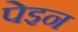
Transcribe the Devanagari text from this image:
पेइन